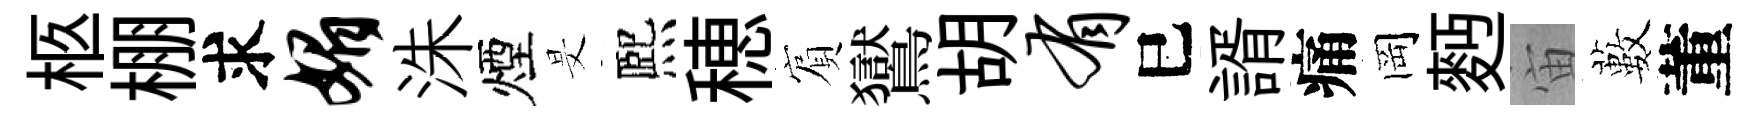
柩棚求媚洙煙旻熈穂賔鸑胡有巳諝痛岡麪宙藪董